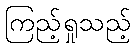
ကြည့်ရှုသည့်